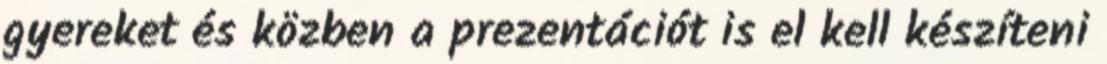
gyereket és közben a prezentációt is el kell készíteni